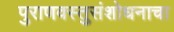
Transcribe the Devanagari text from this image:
पुराणवस्तुसंशोधनाचा